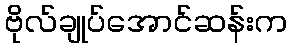
ဗိုလ်ချုပ်အောင်ဆန်းက